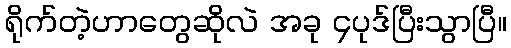
ရိုက်တဲ့ဟာတွေဆိုလဲ အခု ၄ပုဒ်ပြီးသွာပြီ။